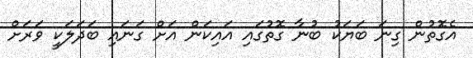
އެގޮތުން ގިނަ ބަޔަކު ބުނާ ގޮތުގައި އައިކަން އަށް ގަނައި ބަދަލަކީ ވަރަށް